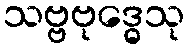
သဗ္ဗဗုဒ္ဓေသု